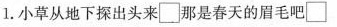
l。小草从地下探出头来\Box那是春天的眉毛吧\Box